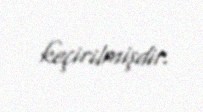
keçirilmişdir.